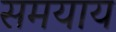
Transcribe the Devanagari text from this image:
समयाय